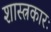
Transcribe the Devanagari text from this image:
शास्त्रकारः